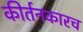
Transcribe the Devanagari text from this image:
कीर्तनकारच